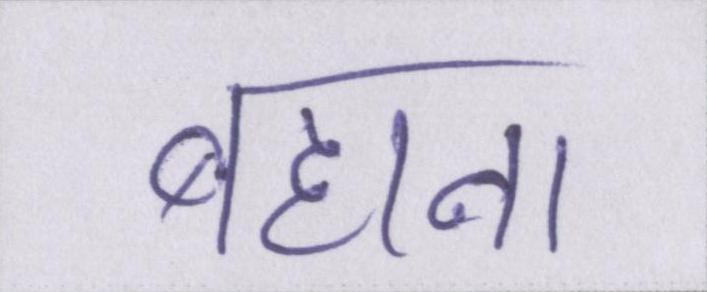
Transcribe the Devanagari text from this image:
बहाना